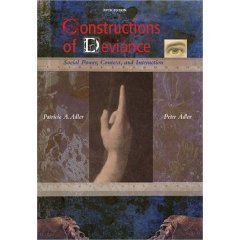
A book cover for Constructions of Deviance - Social Power, Context, and Interaction - 5th (Fifth) Edition (2006); Patricia and Peter Adler; Sports & Outdoors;